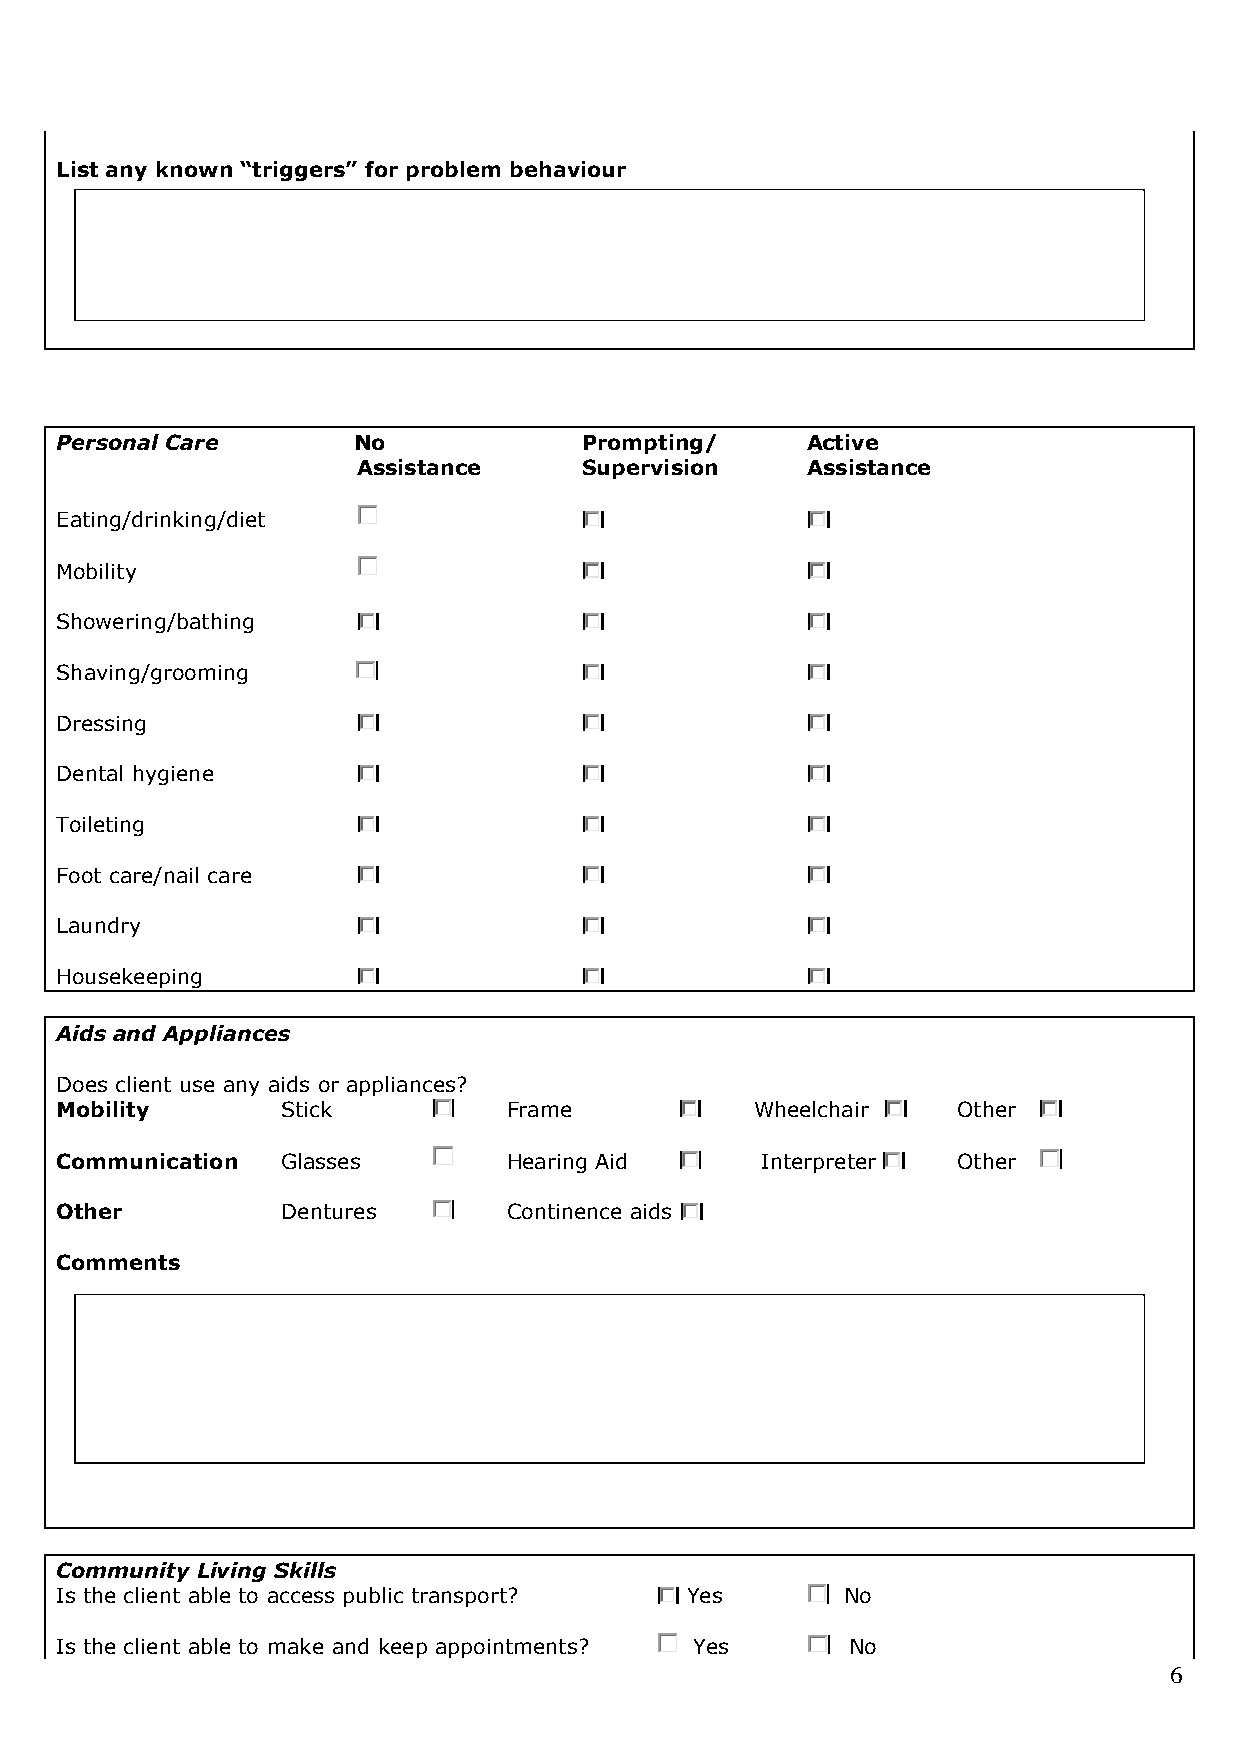
List any known “triggers” for problem behaviour
 Personal Care      No             Prompting/     Active
 Assistance    Supervision    Assistance
 Eating/drinking/diet
 Mobility
 Showering/bathing
 Shaving/grooming
 Dressing
 Dental hygiene
 Toileting
 Foot care/nail care
 Laundry
 Housekeeping
 Aids and Appliances
 Does client use any aids or appliances?
 Mobility       Stick          Frame           Wheelchair   Other
 Communication  Glasses        Hearing Aid     Interpreter  Other
 Other          Dentures       Continence aids
 Comments
 Community Living Skills
 Is the client able to access public transport? Yes  No
 Is the client able to make and keep appointments? Yes No
 6